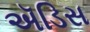
ઍડિસ